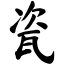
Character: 瓷